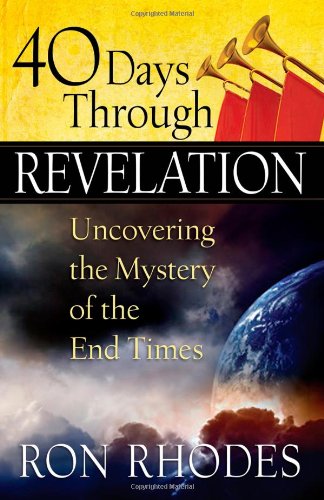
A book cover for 40 Days Through Revelation: Uncovering the Mystery of the End Times; Ron Rhodes; Christian Books & Bibles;